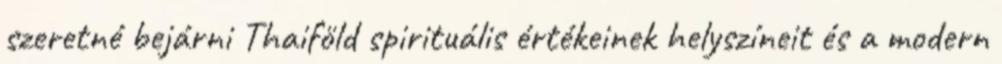
szeretné bejárni Thaiföld spirituális értékeinek helyszíneit és a modern